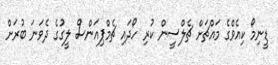
ޑީނިމޯ ކިއެވްގެ މައްޗަށް ޗެލްސީން ކުރި ހޯދައި ޗެމްޕިއަންސް ލީގުގެ ދެވަނަ ބުރަށް